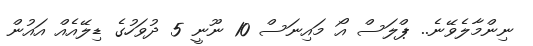
ނިންމާލެވޭނެ.. ޕްލަސް އޯ މައިނަސް 10 ނޫނީ 5 ދުވަހުގެ ޑިލޭއެއް އައުން